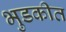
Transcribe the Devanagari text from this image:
भुडकीत